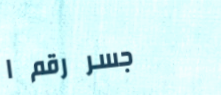
جسر رقم ١